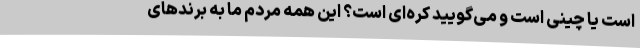
است یا چینی است و می‌گویید کره‌ای است؟ این همه مردم ما به برندهای